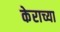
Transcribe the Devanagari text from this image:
केराच्या